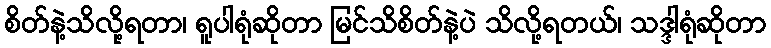
စိတ်နဲ့သိလို့ရတာ၊ ရူပါရုံဆိုတာ မြင်သိစိတ်နဲ့ပဲ သိလို့ရတယ်၊ သဒ္ဒါရုံဆိုတာ